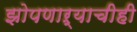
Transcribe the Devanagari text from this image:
झोपणाऱ्याचीही